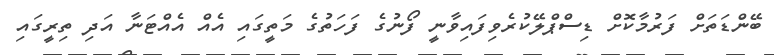
ބޭންޑަތަށް ފަރުމާކޮށް ޑިސްޕްލޭކުރެވިފައިވާނީ ފޯނުގެ ފަހަތުގެ މަތީގައި އެއް އެއްޓަނާ އަދި ތިރީގައި